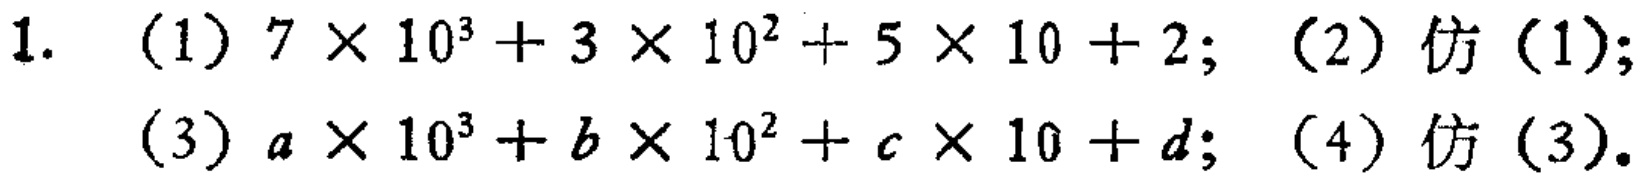
1. (1) \(7\times 10^{3}+3\times 10^{2}+5\times 10 + 2\); (2) 仿(1);
(3) \(a\times 10^{3}+b\times 10^{2}+c\times 10 + d\); (4) 仿(3).